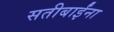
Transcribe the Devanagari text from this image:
सतीबाईंना